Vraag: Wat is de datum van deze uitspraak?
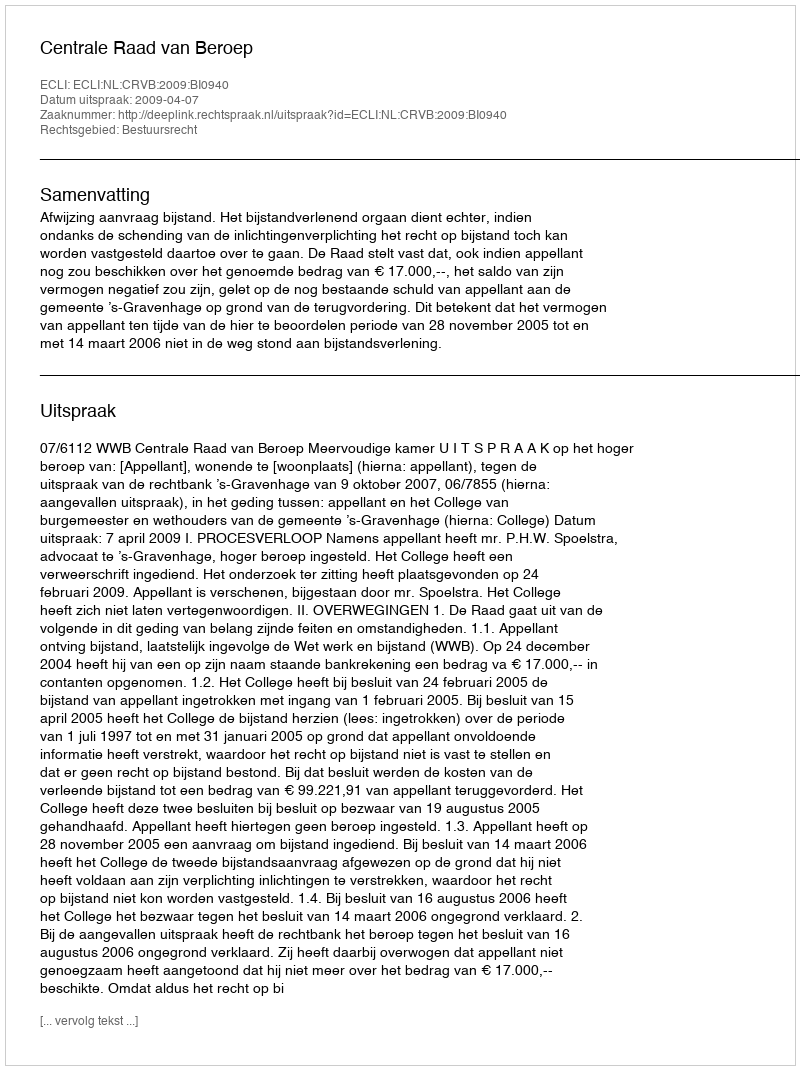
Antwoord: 2009-04-07